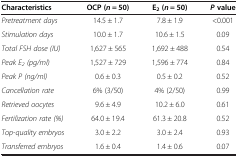
<table><thead><tr><td><b>Characteristics</b></td><td><b>OCP (<i>n</i> = 50)</b></td><td><b>E<sub>2 </sub>(<i>n</i> = 50)</b></td><td><b><i>P </i>value</b></td></tr></thead><tbody><tr><td><i>Pretreatment days</i></td><td>14.5 ± 1.7</td><td>7.8 ± 1.9</td><td>&lt;0.001</td></tr><tr><td><i>Stimulation days</i></td><td>10.0 ± 1.7</td><td>10.6 ± 1.5</td><td>0.09</td></tr><tr><td><i>Total FSH dose (IU)</i></td><td>1,627 ± 565</td><td>1,692 ± 488</td><td>0.54</td></tr><tr><td><i>Peak E</i><sub><i>2</i></sub><i>(pg/ml)</i></td><td>1,527 ± 729</td><td>1,596 ± 774</td><td>0.84</td></tr><tr><td><i>Peak P (ng/ml)</i></td><td>0.6 ± 0.3</td><td>0.5 ± 0.2</td><td>0.52</td></tr><tr><td><i>Cancellation rate</i></td><td>6% (3/50)</td><td>4% (2/50)</td><td>0.99</td></tr><tr><td><i>Retrieved oocytes</i></td><td>9.6 ± 4.9</td><td>10.2 ± 6.0</td><td>0.61</td></tr><tr><td><i>Fertilization rate (%)</i></td><td>64.0 ± 19.4</td><td>61.3 ± 20.8</td><td>0.52</td></tr><tr><td><i>Top-quality embryos</i></td><td>3.0 ± 2.2</td><td>3.0 ± 2.4</td><td>0.93</td></tr><tr><td><i>Transferred embryos</i></td><td>1.6 ± 0.4</td><td>1.4 ± 0.6</td><td>0.07</td></tr></tbody></table>